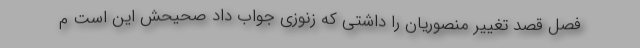
فصل قصد تغییر منصوریان را داشتی که زنوزی جواب داد صحیحش این است م